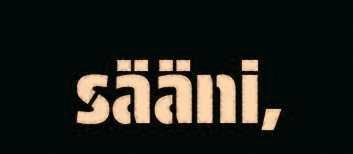
sääni,